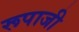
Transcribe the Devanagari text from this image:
रूपाजी